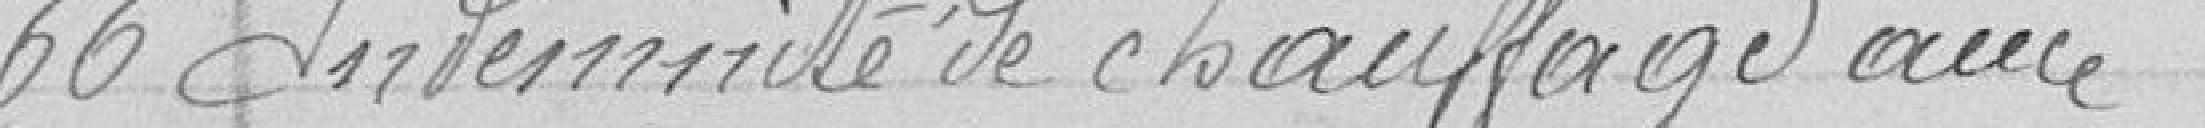
66 Indemnité de chauffage aux